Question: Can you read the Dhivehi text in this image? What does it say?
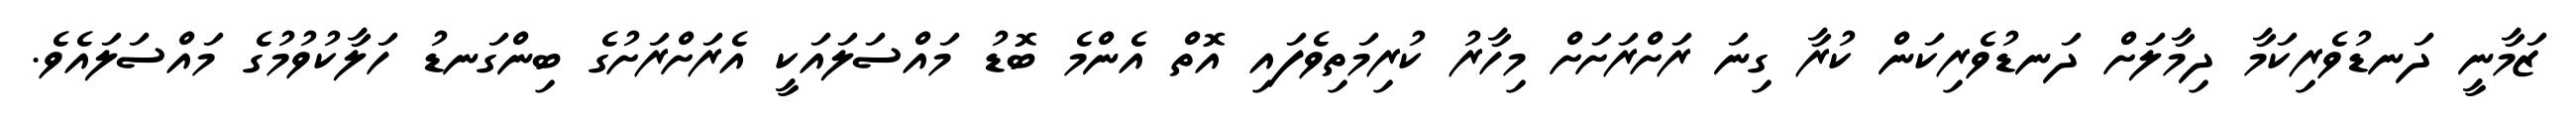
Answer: ޒަމާނީ ދަނޑުވެރިކަމާ ދިމާލަށް ދަނޑުވެރިކަން ކުރާ ގިނަ ރަށްރަށަށް މިހާރު ކުރިމަތިވެފައި އޮތް އެންމެ ބޮޑު މައްސަލައަކީ އެރަށްރަށުގެ ބިންގަނޑު ހަލާކުވުމުގެ މައްސަލައެވެ.